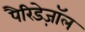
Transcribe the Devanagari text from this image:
पैरिडेज़ॉल